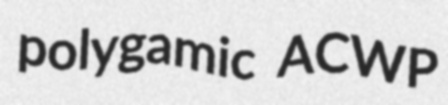
polygamic ACWP